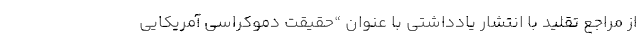
از مراجع تقلید با انتشار یادداشتی با عنوان “حقیقت دموکراسی آمریکایی